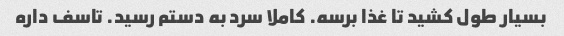
بسیار طول کشید تا غذا برسه. کاملا سرد به دستم رسید. تاسف داره